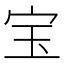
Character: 宝